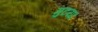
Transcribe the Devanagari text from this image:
मुटया